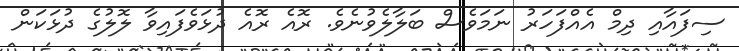
ސިފައާއި ދިމް އެއްފަހަރު ނަމަވެސް ބަލާލެވުނެވެ. ރޮއެ ރޮއެ ދުޅަވެފައިވާ ލޮލުގެ ދުޅަކަން